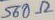
Text: 560Ω